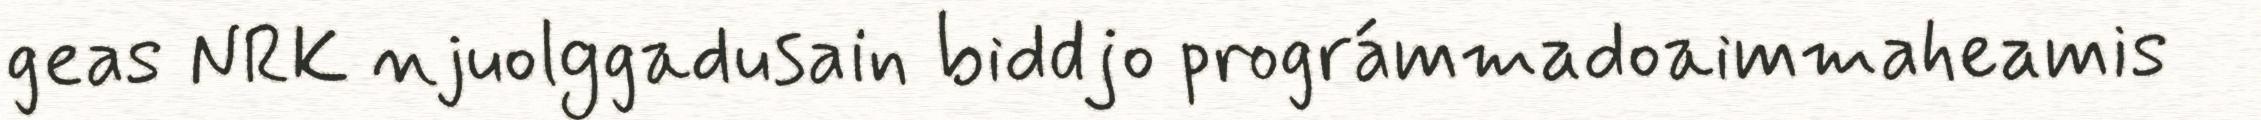
geas NRK njuolggadusain biddjo prográmmadoaimmaheamis